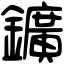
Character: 鑛